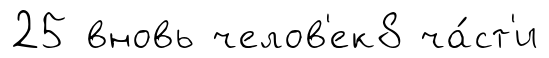
25 вновь челов'ек8 ча́ст'и